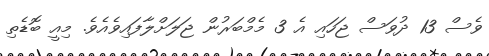
ވެސް 13 ދުވަސް ޖަހައި އެ 3 މެމްބަރުން ޖަލަށްލާފައިވެއެވެ. މިއީ ބޮޑެތި